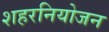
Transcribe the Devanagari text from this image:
शहरनियोजन